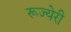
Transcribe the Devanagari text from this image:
रूज्येरी